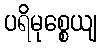
ပရိမုစ္စေယျ